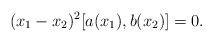
LaTeX: \begin{align*} (x_1-x_2)^2[a(x_1),b(x_2)]=0.\end{align*}